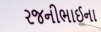
રજનીભાઈના